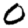
Digit: 0